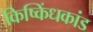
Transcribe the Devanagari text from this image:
किष्किंधकांड